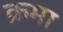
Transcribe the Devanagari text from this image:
क्रमा